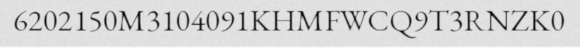
6202150M3104091KHMFWCQ9T3RNZK0